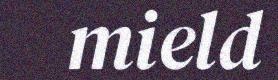
mield